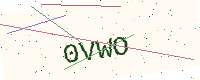
Text: 0VWO